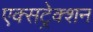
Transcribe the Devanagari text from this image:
एक्सट्रेक्शन